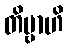
တိဗ္ဗာဟိ